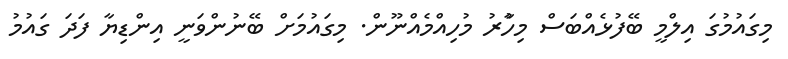
މިގައުމުގަ އިލްމީ ބޭފުޅެއްބަސް މިހާުރު މުހިއްމެއްނޫން. މިގައުމަށް ބޭނުންވަނީ އިންޑިޔާ ފަދަ ގައުމު